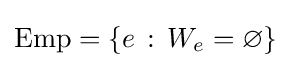
\mathrm {Emp} =\{e\,:\,W_{e}=\varnothing \}